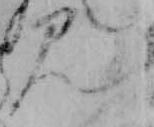
み